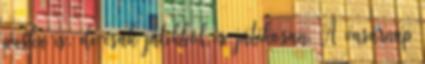
puska is, de csak játékból és játékosan. A vasárnap